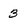
Character: 3